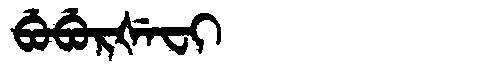
Manchu: ᠪᡠᠪᡠᡵᡧᡝᠸᡳ
Romanization: BUBURŠEFI